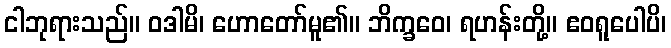
ငါဘုရားသည်။ ဝဒါမိ၊ ဟောတော်မူ၏။ ဘိက္ခဝေ၊ ရဟန်းတို့။ ဧဝရူပေါပိ၊